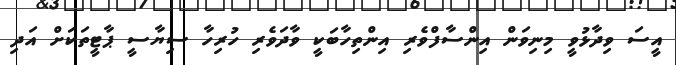
އީސަ ވިދާޅުވީ މިނިވަން އިންސާފްވެރި އިންތިހާބަކީ ވާދަވެރި ހުރިހާ ސިޔާސީ ޕާޓީތަކަށް އަދި